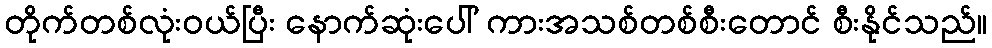
တိုက်တစ်လုံးဝယ်ပြီး နောက်ဆုံးပေါ် ကားအသစ်တစ်စီးတောင် စီးနိုင်သည်။